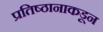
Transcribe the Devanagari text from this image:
प्रतिष्ठानाकडून